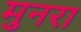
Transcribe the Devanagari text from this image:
मुनरा